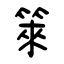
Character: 箂